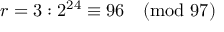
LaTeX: r = 3 : 2 ^ { 2 4 } \equiv 9 6 { \pmod { 9 7 } }